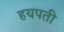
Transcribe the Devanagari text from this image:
हयपती